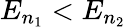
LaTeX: E_{n_{1}}<E_{n_{2}}